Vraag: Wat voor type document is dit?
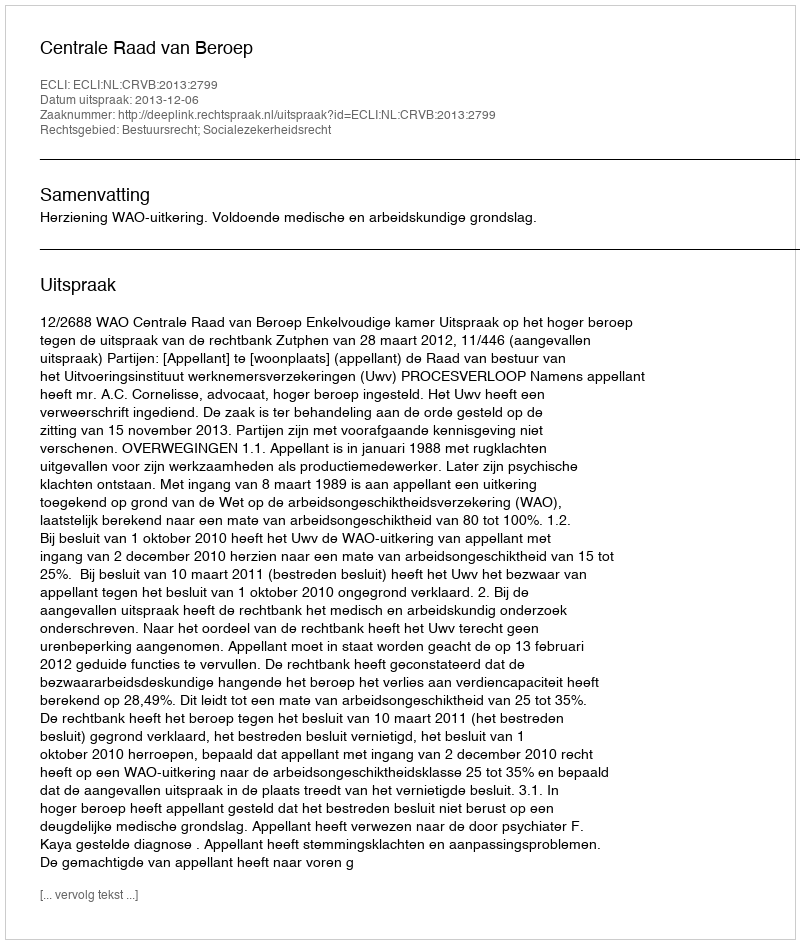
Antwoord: Uitspraak